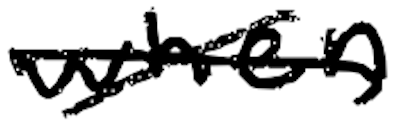
Text: when
Cross-out: mix
Writing tool: digital_black